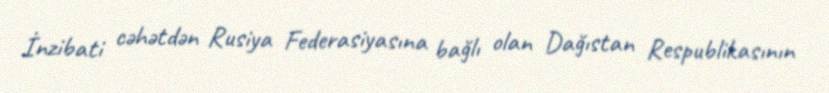
İnzibati cəhətdən Rusiya Federasiyasına bağlı olan Dağıstan Respublikasının